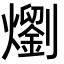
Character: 𭶣